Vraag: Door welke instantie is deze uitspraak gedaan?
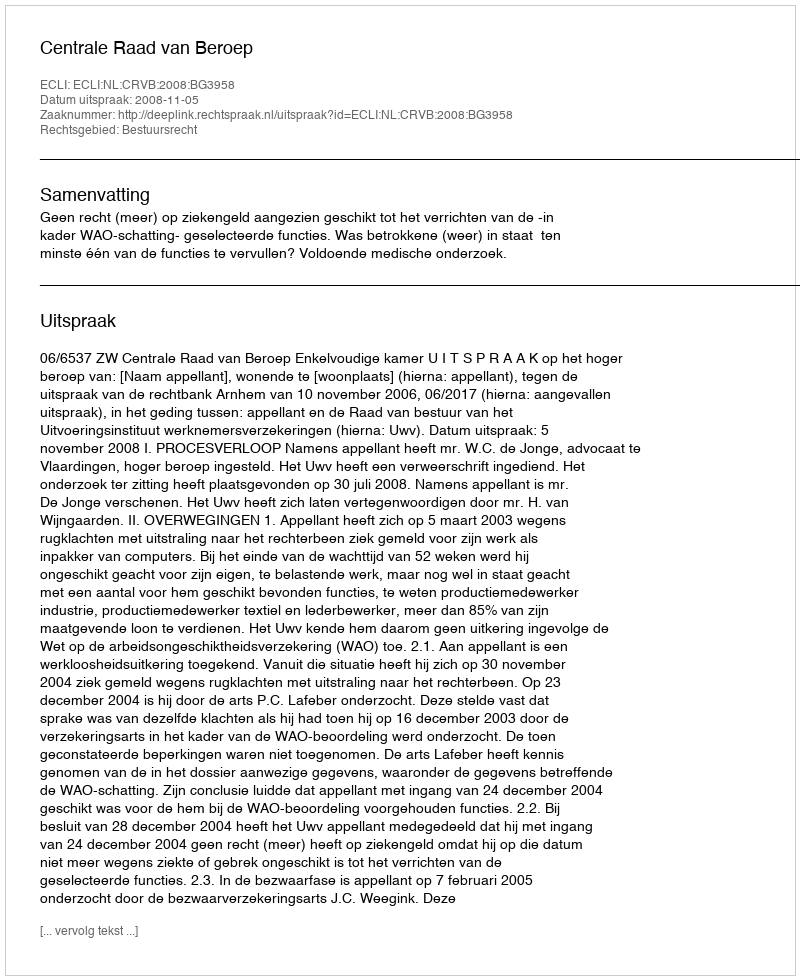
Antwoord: Centrale Raad van Beroep